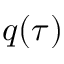
q ( \tau )